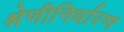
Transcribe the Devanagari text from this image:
श्रेणीनिर्धारण